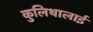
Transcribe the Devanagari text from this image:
कुलिथालाई